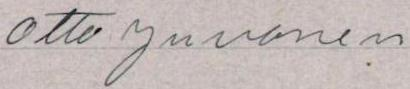
Otto Juvonen